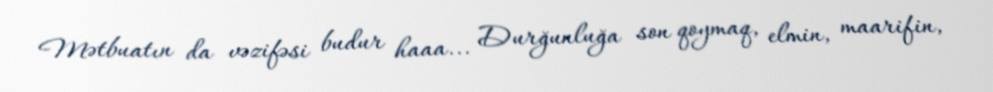
Mətbuatın da vəzifəsi budur haaa... Durğunluğa son qoymaq, elmin, maarifin,